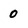
Character: 0